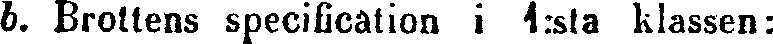
b. Brottens specification i 1:sta klassen: